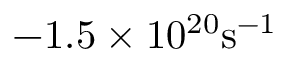
- 1 . 5 \times 1 0 ^ { 2 0 } \mathrm { s } ^ { - 1 }